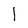
Character: l